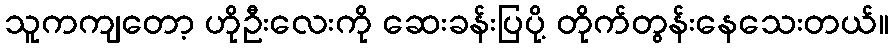
သူကကျတော့ ဟိုဦးလေးကို ဆေးခန်းပြပို့ တိုက်တွန်းနေသေးတယ်။